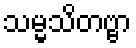
သမ္မသိတဗ္ဗာ